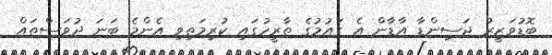
ބޮޑުވަޒީރު ޖަސިންޑާ އާޑާން އެ ގައުމުގެ ތާރީހުގައި ކުރިމަތިވި އެންމެ ބަނަ ދުވަސްތައް